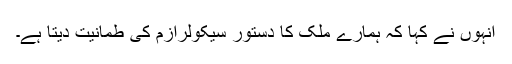
انہوں نے کہا کہ ہمارے ملک کا دستور سیکولرازم کی طمانیت دیتا ہے۔